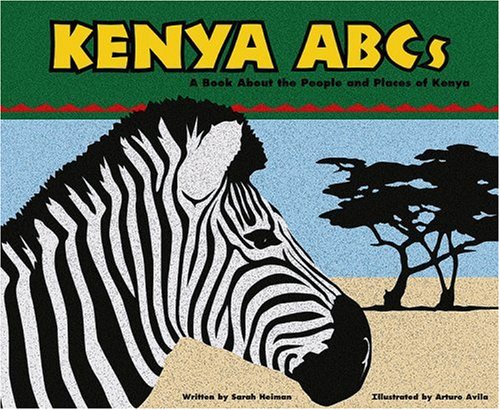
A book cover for Kenya ABCs: A Book About the People and Places of Kenya (Country ABCs); Sarah Heiman; Children's Books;